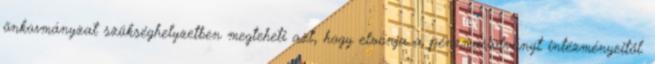
önkormányzat szükséghelyzetben megteheti azt, hogy elvonja a pénzmaradványt intézményeitől.